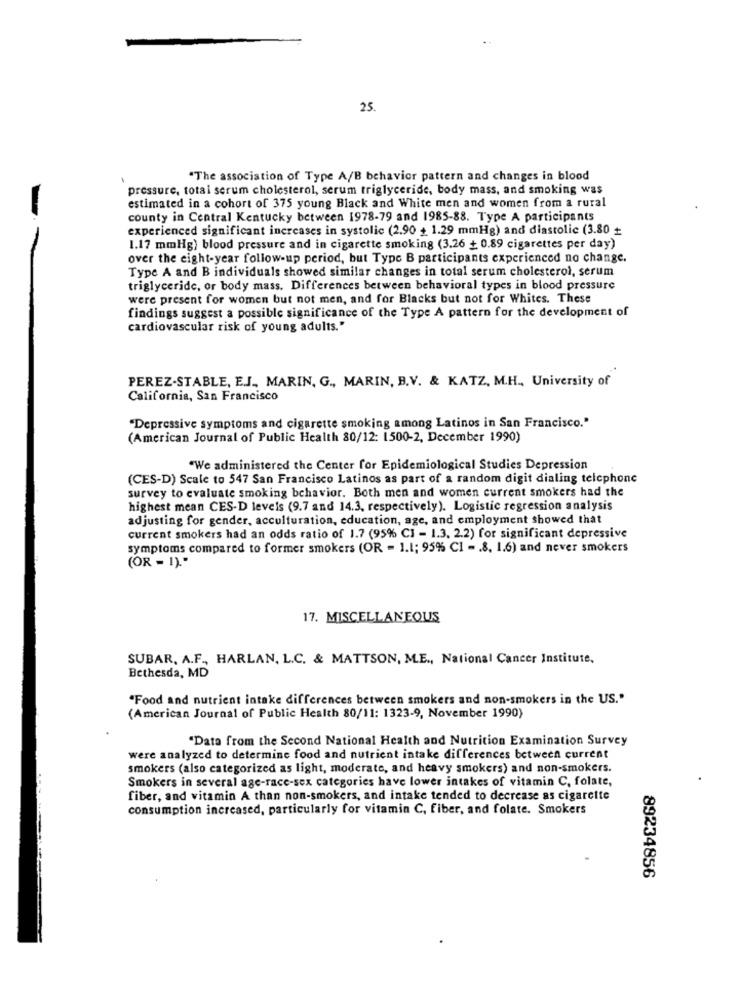
25.
"The association of Type A/B behavior pattern and changes in blood
pressure, totai serum cholesterol, serum triglyceride, body mass, and smoking was
estimated in a cohort of 375 young Black and White men and women from a rural
county in Central Kentucky between 1978-79 and 1985-88. Type A participants
experienced significant increases in systolic (2.90 + 1.29 mmHg) and diastolic (3.80 +
1.17 mmHg) blood pressure and in cigarette smoking (3.26 + 0.89 cigarettes per day)
over the eight-year follow-up period, but Type B participants experienced no change.
Type A and B individuals showed similar changes in total serum cholesterol, serum
triglyceride, or body mass. Differences between behavioral types in blood pressure
were present for women but not men, and for Blacks but not for Whites. These
findings suggest a possible significance of the Type A pattern for the development of
cardiovascular risk of young adults."
PEREZ-STABLE, E.J ., MARIN, G ., MARIN, B.V. & KATZ, M.H ., University of
California, San Francisco
"Depressive symptoms and cigarette smoking among Latinos in San Francisco."
(American Journal of Public Health 80/12: 1500-2, December 1990)
"We administered the Center for Epidemiological Studies Depression
(CES-D) Scale to 547 San Francisco Latinos as part of a random digit dialing telephone
survey to evaluate smoking behavior. Both men and women current smokers had the
highest mean CES-D levels (9.7 and 14.3, respectively). Logistic regression analysis
adjusting for gender, acculturation, education, age, and employment showed that
current smokers had an odds ratio of 1.7 (95% CI - 1.3. 2.2) for significant depressive
symptoms compared to former smokers (OR = 1.1; 95% CI - . 8. 1.6) and never smokers
(OR - 1)."
17. MISCELLANEOUS
SUBAR, A.F ., HARLAN, L.C. & MATTSON, M.E ., National Cancer Institute,
Bethesda, MD
"Food and nutrient intake differences between smokers and non-smokers in the US."
(American Journal of Public Health 80/11: 1323-9, November 1990)
"Data from the Second National Health and Nutrition Examination Survey
were analyzed to determine food and nutrient intake differences between current
smokers (also categorized as light, moderate, and heavy smokers) and non-smokers.
Smokers in several age-race-sex categories have lower intakes of vitamin C. folate,
fiber, and vitamin A than non-smokers, and intake tended to decrease as cigarette
consumption increased, particularly for vitamin C, fiber, and folate. Smokers
89234856